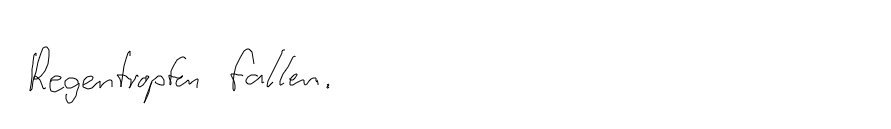
Regentropfen fallen.